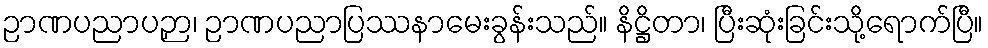
ဉာဏပညာပဉှာ၊ ဉာဏပညာပြဿနာမေးခွန်းသည်။ နိဋ္ဌိတာ၊ ပြီးဆုံးခြင်းသို့ရောက်ပြီ။